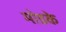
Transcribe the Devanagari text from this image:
मोडके